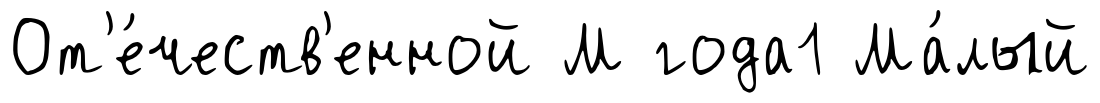
От'е́честв'енной М года1 Ма́лый